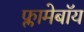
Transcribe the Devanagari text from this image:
फ्लामेबॉय